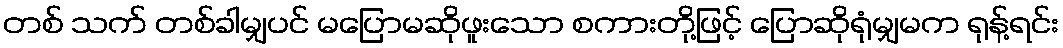
တစ် သက် တစ်ခါမျှပင် မပြောမဆိုဖူးသော စကားတို့ဖြင့် ပြောဆိုရုံမျှမက ရုန့်ရင်း